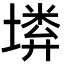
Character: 𡏰